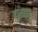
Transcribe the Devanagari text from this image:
हान्शुइ